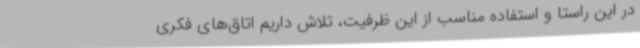
در این راستا و استفاده مناسب از این ظرفیت، تلاش داریم اتاق‌های فکری